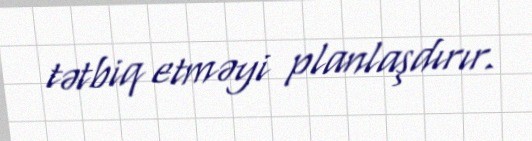
tətbiq etməyi planlaşdırır.